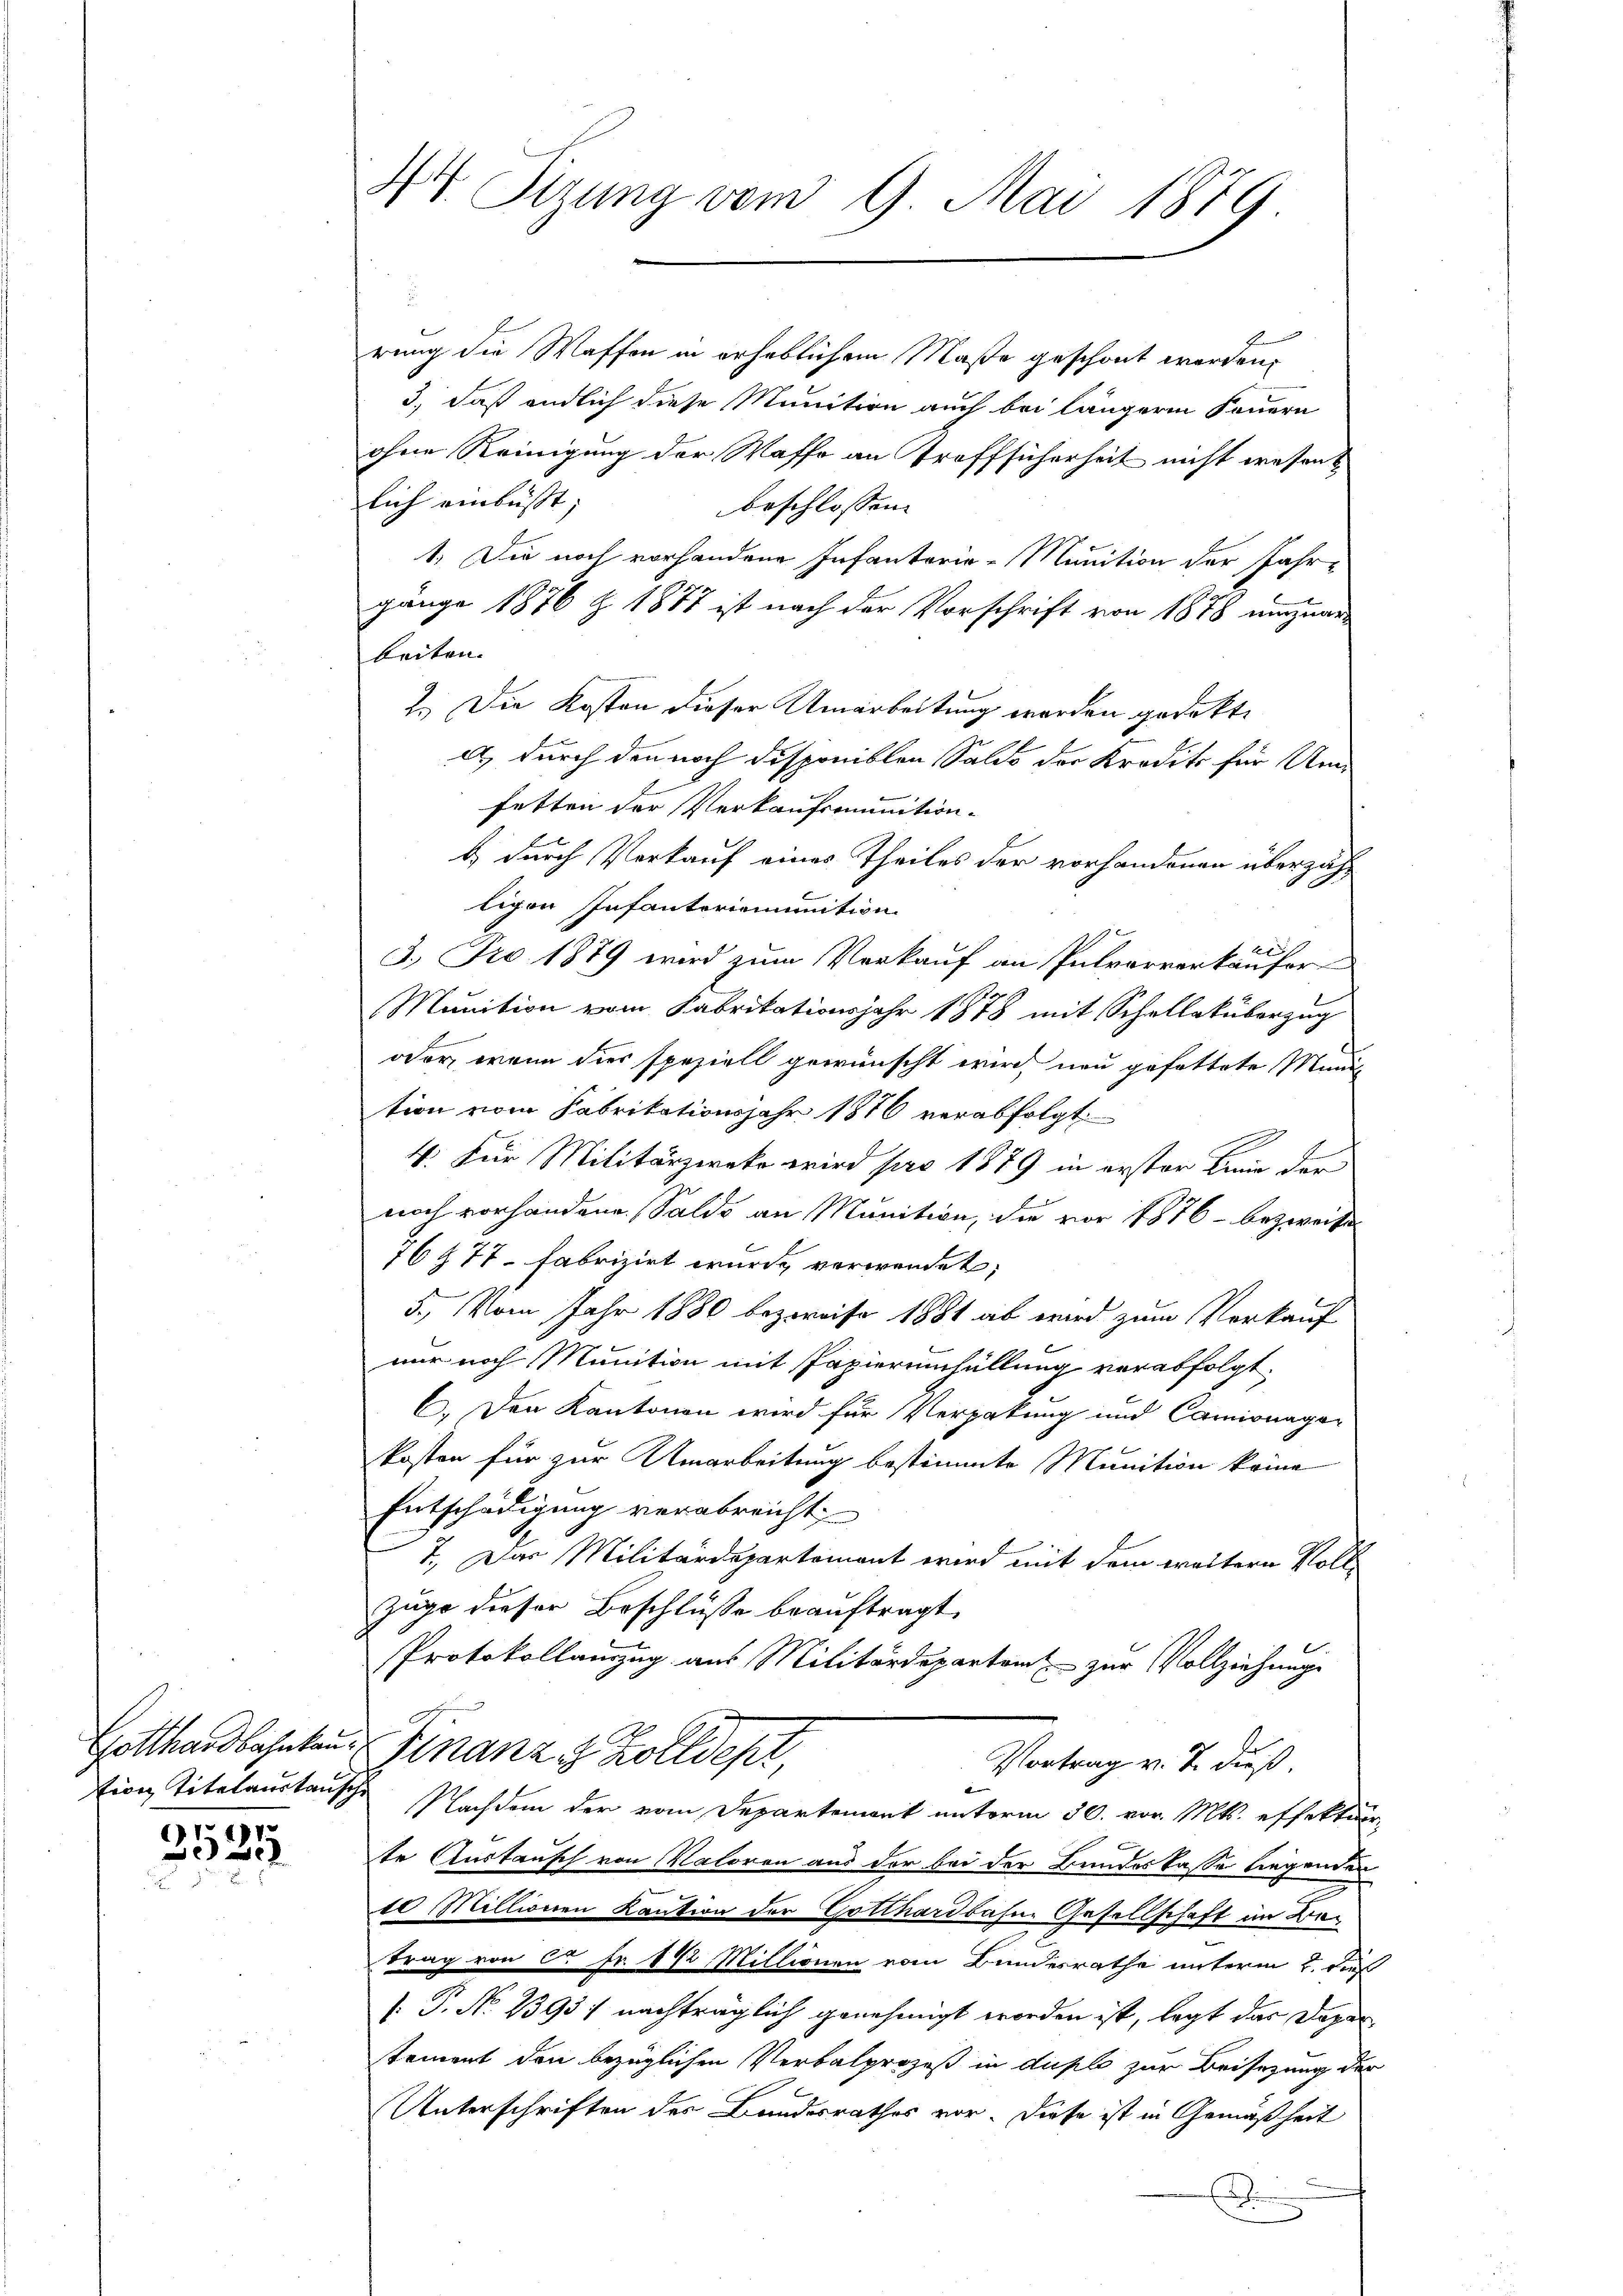
91491
229.

34. Sizung vom 9. Mai 1879

.
rung die Waffen in erheblichem Maße geschont werden,
3., daß endlich diese Munition auch bei längeren Feuern
ohne Reinigung der Waffe an Troffsicherheit nicht wesens
lich einbüsst;
beschlossen: |
1. Die noch vorhandene Infanterie-Munition der Jahre
gänge 1876 Z. 1877 ist nach der Vorschrift von 1878 einzuarbeiten. |
2.) Die Kosten dieser Umarbeitung werden gedekte
a durch den noch disponiblen Saldo der Kredits für Umfetten der Verkaufsmmunition.
r
b durch Verkauf eines Theiles der vorhandenen überzähligen Infanterienunition
3.) Pro. 1879 wird zum Verkauf an Pulververkäufer
Munition vom Fabrikationsjahr 1878 mit Schellaküberzug
1
oder, wenn dies speziell gewünscht wird neu gefattete Minis
tion vom Fabritationsjahr 1876 verabfolgt.
4
4. Für Militärzwek wird pro 1879 in erster Linie der
noch vorhandene Saldo an Munition, die vor 1876 - bezweife
76 § 77 fabrizirt wurde verwendet,
5., Vom Jahr 1880 bezweife 1881 ab wird zum Verkauf
nur noch Munition mit Papierumhüllung verabfolgt.
6. Den Kantonen wird für Verpakung und Camionagor
kosten für zur Umarbeitung bestimmte Munition keine
Entschädigung verabreicht
7., Das Militärdepartement wird mit dem weitern Vollzuge dieser Beschlüsse beauftragt.

Protokollauszug aus Militärdepartem zur Vollziehung
Gotthardbahnten Finanz & Zolldept,
Vortrag v. J. dieß.
tion Titelaustausche Nachdem der vom Departement unterm 30. vor. Mts. effektur
te Austausch von Natoren aus der bei der Bundeskasse liegenden
10 Millionen Kaution der Gotthardbahne Gesellschaft im Betrag von ca Fr. 1 1/2 Millionen vom Bundesrathe unterm 2. Di
[: P. No. 2393) nachträglich genehmigt worden ist, legt das Daper
tement den bezüglichen Verbalprozeß in duplo zur Beisezung der
Unterschriften des Bundesrathes vor. Diese ist in Gemäßheit
d